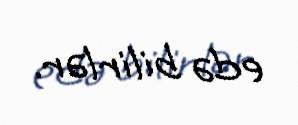
edə bilirlər.